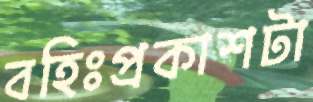
বহিঃপ্রকাশটা